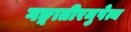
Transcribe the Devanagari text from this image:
गङ्गातीरमुपेत्य